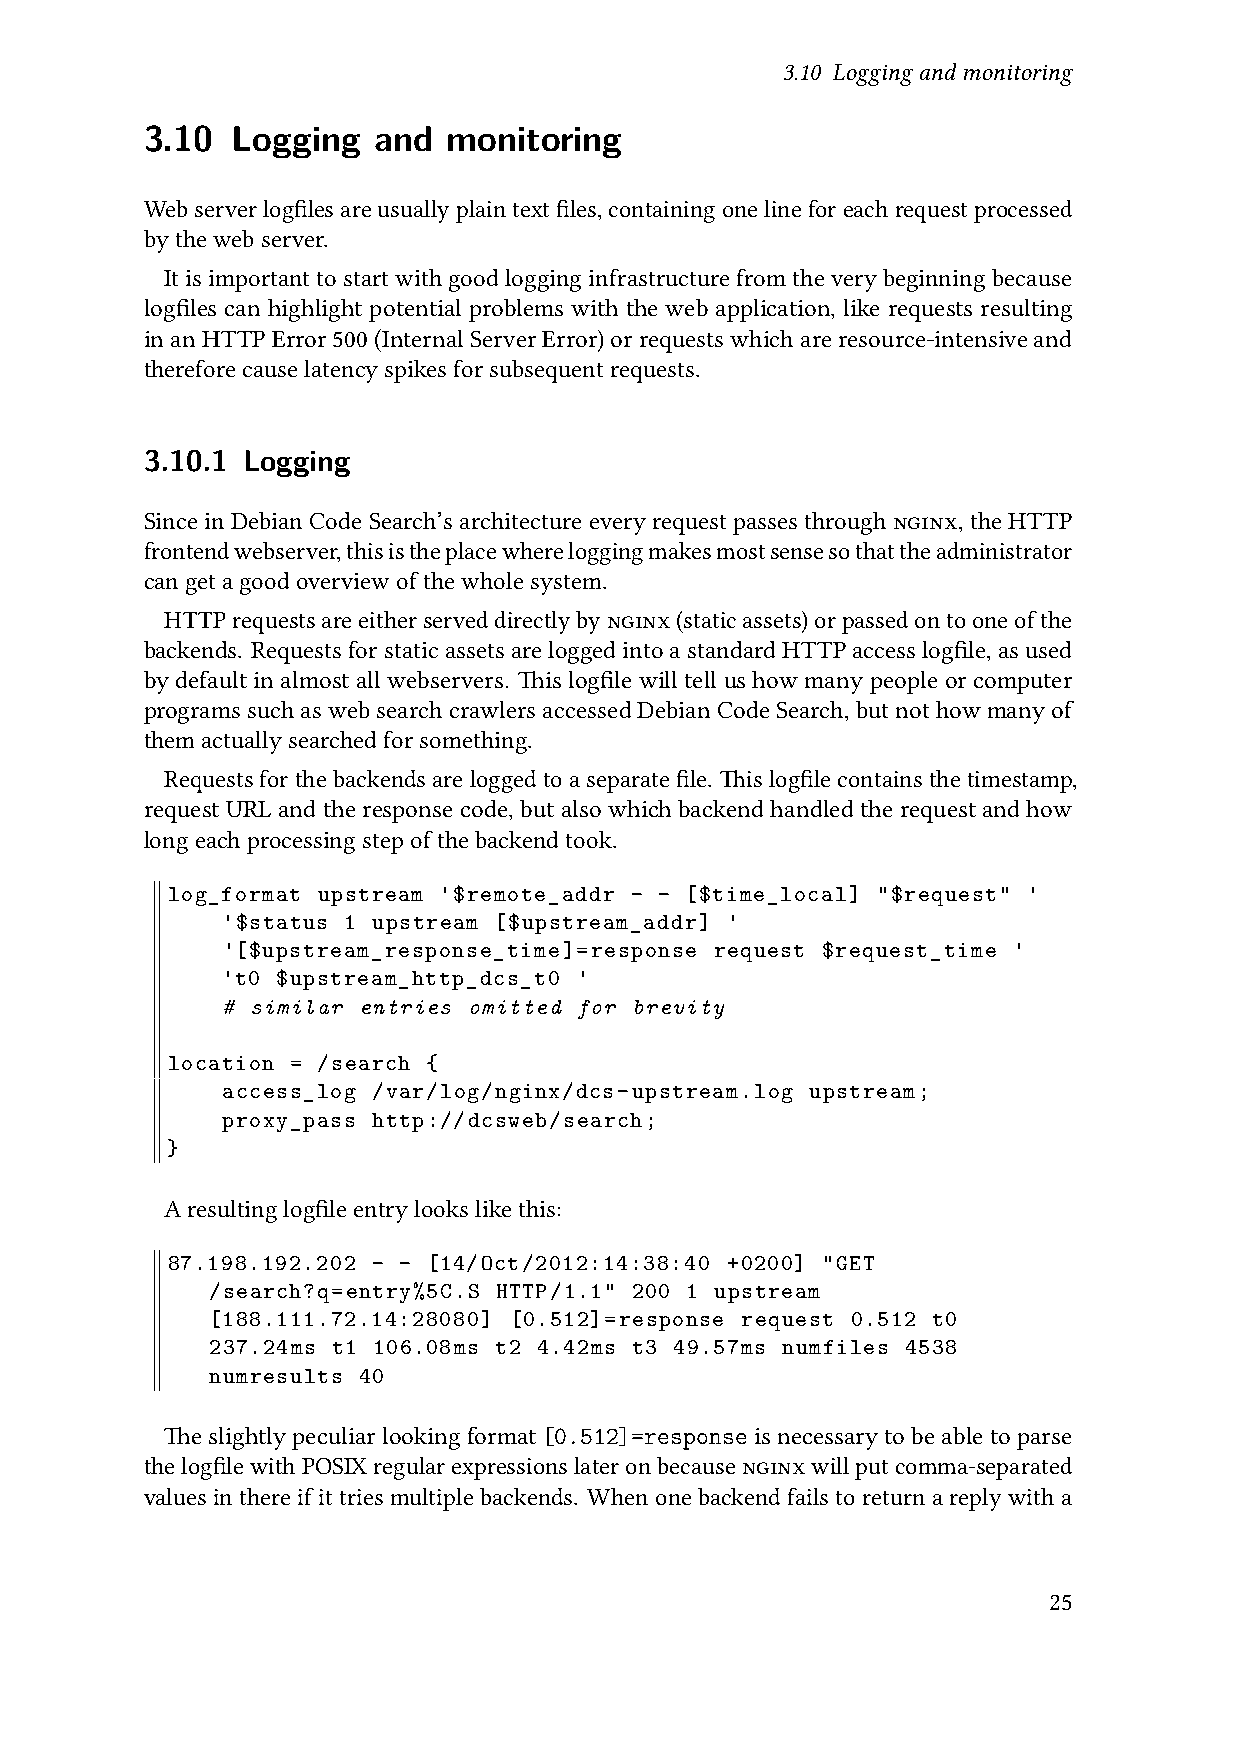
3.10 Loggingandmonitoring
 3.10  Logging   and  monitoring
 Webserverlogfilesareusuallyplaintextfiles,containingonelineforeachrequestprocessed
 bythewebserver.
 Itisimportanttostartwithgoodlogginginfrastructurefromtheverybeginningbecause
 logfiles can highlight potential problems with the web application, like requests resulting
 inanHTTPError500(InternalServerError)orrequestswhichareresource-intensiveand
 thereforecauselatencyspikesforsubsequentrequests.
 3.10.1 Logging
 SinceinDebianCodeSearch’sarchitectureeveryrequestpassesthroughnginx,theHTTP
 frontendwebserver,thisistheplacewhereloggingmakesmostsensesothattheadministrator
 cangetagoodoverviewofthewholesystem.
 HTTPrequestsareeitherserveddirectlybynginx(staticassets)orpassedontooneofthe
 backends. RequestsforstaticassetsareloggedintoastandardHTTPaccesslogfile,asused
 by default in almost all webservers. This logfile will tell us how many people or computer
 programssuchaswebsearchcrawlersaccessedDebianCodeSearch,butnothowmanyof
 themactuallysearchedforsomething.
 Requestsforthebackendsareloggedtoaseparatefile. Thislogfilecontainsthetimestamp,
 request URL and the response code, but also which backend handled the request and how
 longeachprocessingstepofthebackendtook.
 log_format upstream '$remote_addr - - [$time_local] "$request" '
 '$status 1 upstream [$upstream_addr] '
 '[$upstream_response_time]=response request $request_time '
 't0 $upstream_http_dcs_t0 '
 # similar entries omitted for brevity
 location = /search {
 access_log /var/log/nginx/dcs-upstream.log upstream;
 proxy_pass http://dcsweb/search;
 }
 Aresultinglogfileentrylookslikethis:
 87.198.192.202 - - [14/Oct/2012:14:38:40 +0200] "GET
 /search?q=entry%5C.S HTTP/1.1" 200 1 upstream
 [188.111.72.14:28080] [0.512]=response request 0.512 t0
 237.24ms t1 106.08ms t2 4.42ms t3 49.57ms numfiles 4538
 numresults 40
 Theslightlypeculiarlookingformat[0.512]=responseisnecessarytobeabletoparse
 thelogfilewithPOSIXregularexpressionslateronbecausenginxwillputcomma-separated
 values in there if it tries multiple backends. When one backend fails to return a reply with a
 25